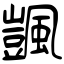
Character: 颽